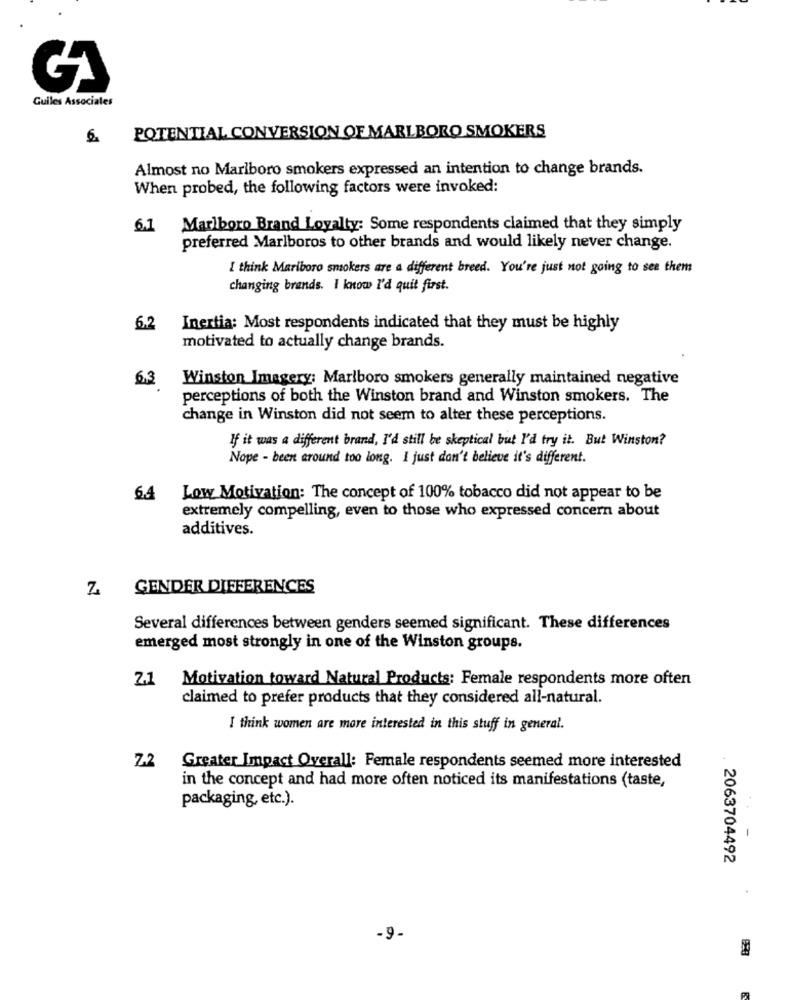
Guiles Associales
POTENTIAL CONVERSION OF MARLBORO SMOKERS
Almost no Marlboro smokers expressed an intention to change brands.
When probed, the following factors were invoked:
6.1 Marlboro Brand Loyalty: Some respondents claimed that they simply
preferred Marlboros to other brands and would likely never change.
I think Mariboro smokers are a different breed. You're just not going to see them
changing brands. I know I'd quit first.
6.2
Inertia: Most respondents indicated that they must be highly
motivated to actually change brands.
6.3
Winston Imagery: Marlboro smokers generally maintained negative
perceptions of both the Winston brand and Winston smokers. The
change in Winston did not seem to alter these perceptions.
If it was a different brand, I'd still be skeptical but I'd try it. But Winston?
Nope - been around too long. I just don't believe it's different.
64 Low Motivation: The concept of 100% tobacco did not appear to be
extremely compelling, even to those who expressed concern about
additives.
Z GENDER DIFFERENCES
Several differences between genders seemed significant. These differences
emerged most strongly in one of the Winston groups.
Z1 Motivation toward Natural Products: Female respondents more often
claimed to prefer products that they considered all-natural.
I think women are more interested in this stuff in general.
Z-2
Greater Impact Overall: Female respondents seemed more interested
in the concept and had more often noticed its manifestations (taste,
packaging, etc.).
-
2063704492
-9.